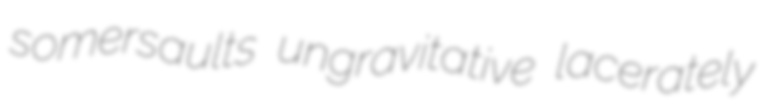
somersaults ungravitative lacerately